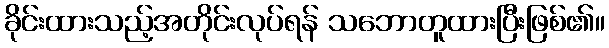
ခိုင်းထားသည့်အတိုင်းလုပ်ရန် သဘောတူထားပြီးဖြစ်၏။